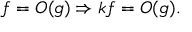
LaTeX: f = O ( g ) \Rightarrow k f = O ( g ) .